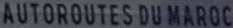
AUTOROUTES DU MAROC